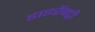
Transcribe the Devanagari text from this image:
डाइरॅक्ट्री